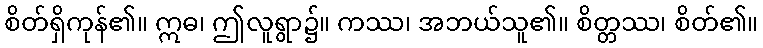
စိတ်ရှိကုန်၏။ ဣဓ၊ ဤလူရွာ၌။ ကဿ၊ အဘယ်သူ၏။ စိတ္တဿ၊ စိတ်၏။